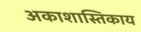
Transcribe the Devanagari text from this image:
अकाशास्तिकाय